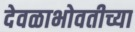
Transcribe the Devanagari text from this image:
देवळाभोवतीच्या